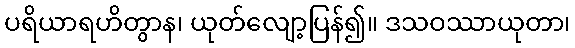
ပရိယာရဟိတွာန၊ ယုတ်လျော့ပြန်၍။ ဒသဝဿာယုတာ၊